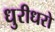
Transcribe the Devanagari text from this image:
धुरीधरो